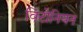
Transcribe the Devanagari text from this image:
विंटोनियन